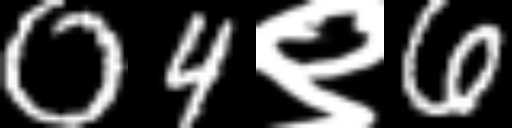
Text: 04९6